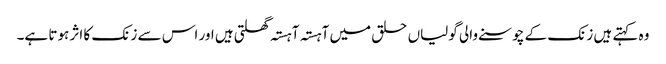
وہ کہتے ہیں زنک کے چوسنے والی گولیاں حلق میں آہستہ آہستہ گھلتی ہیں اور اس سے زنک کا اثر ہوتا ہے۔